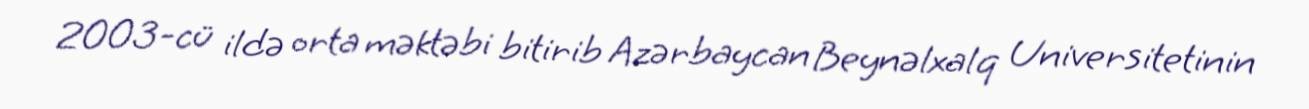
2003-cü ildə orta məktəbi bitirib Azərbaycan Beynəlxalq Universitetinin